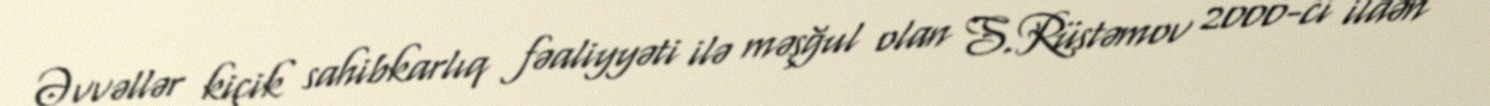
Əvvəllər kiçik sahibkarlıq fəaliyyəti ilə məşğul olan S.Rüstəmov 2000-ci ildən